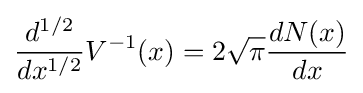
{\frac {d^{1/2}}{dx^{1/2}}}V^{-1}(x)=2{\sqrt {\pi }}{\frac {dN(x)}{dx}}